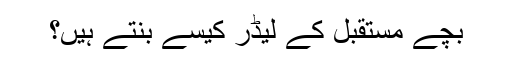
بچے مستقبل کے لیڈر کیسے بنتے ہیں؟